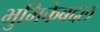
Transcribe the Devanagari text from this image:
भुमिकेबद्दल